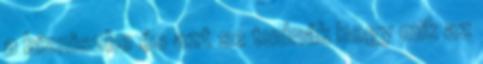
a bizniszbe és azt se tudnák hogy mik az